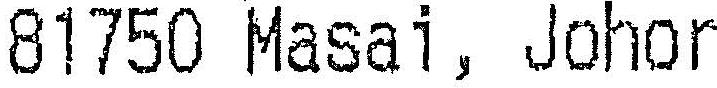
8175 MASAI, JOHOR